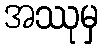
အဿုမှ